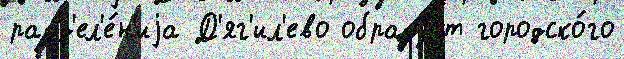
разд'ел'е́н'иjа Д'яг'ил'ево образу́ет городско́го